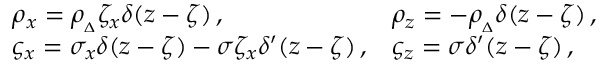
\begin{array} { l l } { \rho _ { x } = \rho _ { _ { \Delta } } \zeta _ { x } \delta ( z - \zeta ) \, , } & { \rho _ { z } = - \rho _ { _ { \Delta } } \delta ( z - \zeta ) \, , } \\ { \varsigma _ { x } = \sigma _ { x } \delta ( z - \zeta ) - \sigma \zeta _ { x } \delta ^ { \prime } ( z - \zeta ) \, , } & { \varsigma _ { z } = \sigma \delta ^ { \prime } ( z - \zeta ) \, , } \end{array}